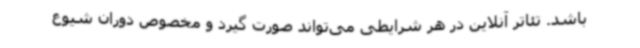
باشد. تئاتر آنلاین در هر شرایطی می‌تواند صورت گیرد و مخصوص دوران شیوع